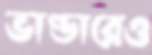
ভাণ্ডারেও